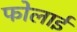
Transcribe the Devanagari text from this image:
फोलाई